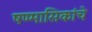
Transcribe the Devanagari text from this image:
षण्मासिकांचे